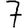
Digit: 7